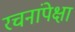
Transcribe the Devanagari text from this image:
रचनांपेक्षा